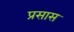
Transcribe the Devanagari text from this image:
प्रसास